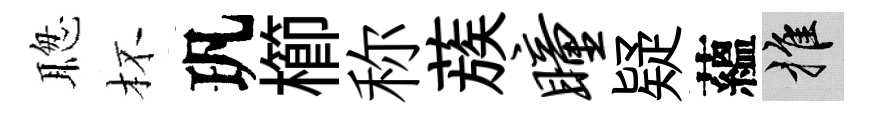
聦杯㺬櫛称蔟瞳疑蘊推